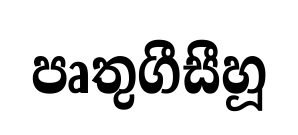
පෘතුගීසීහූ